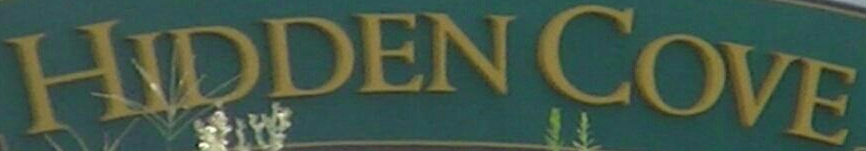
HIDDEN COVE